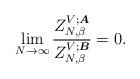
LaTeX: \begin{align*}\lim_{N\rightarrow \infty}\frac{Z_{N, \beta}^{V;\boldsymbol{A}}}{Z_{N, \beta}^{V; \boldsymbol{B}}}=0.\end{align*}